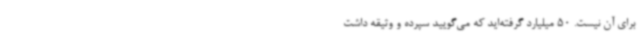
برای آن نیست. 50 میلیارد گرفته‌اید که می‌گویید سپرده و وثیقه داشت